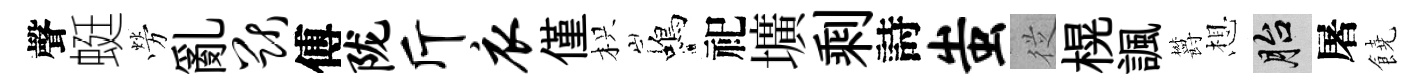
聲蜓勞亂猷傅陇斤衣僅枳蝎祀壙剩詩蚩従榥諷欝想胎屠饒